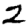
Digit: 2